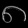
Digit: ၈